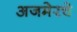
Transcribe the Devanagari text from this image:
अजमेरचे